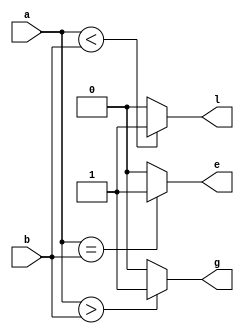
module comparator (
    input wire [7:0] a, b,
    output wire g, e, l
);
    assign g = a > b ? 1'b1 : 1'b0;
    assign e = a == b ? 1'b1 : 1'b0;
    assign l = a < b ? 1'b1 : 1'b0;
endmodule